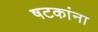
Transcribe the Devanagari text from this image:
षटकांना